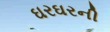
ઘરઘરની